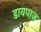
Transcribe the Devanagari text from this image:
डायपाज